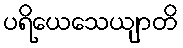
ပရိယေသေယျာတိ